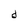
Character: d